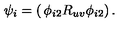
\psi _ { i } = \left( \begin{matrix} { \phi _ { i 2 } } \\ { R _ { u v } \phi _ { i 2 } } \\ \end{matrix} \right) .